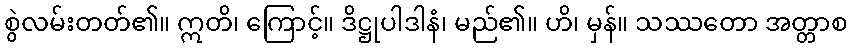
စွဲလမ်းတတ်၏။ ဣတိ၊ ကြောင့်။ ဒိဋ္ဌုပါဒါနံ၊ မည်၏။ ဟိ၊ မှန်။ သဿတော အတ္တာစ